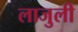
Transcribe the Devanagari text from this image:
लाजुली